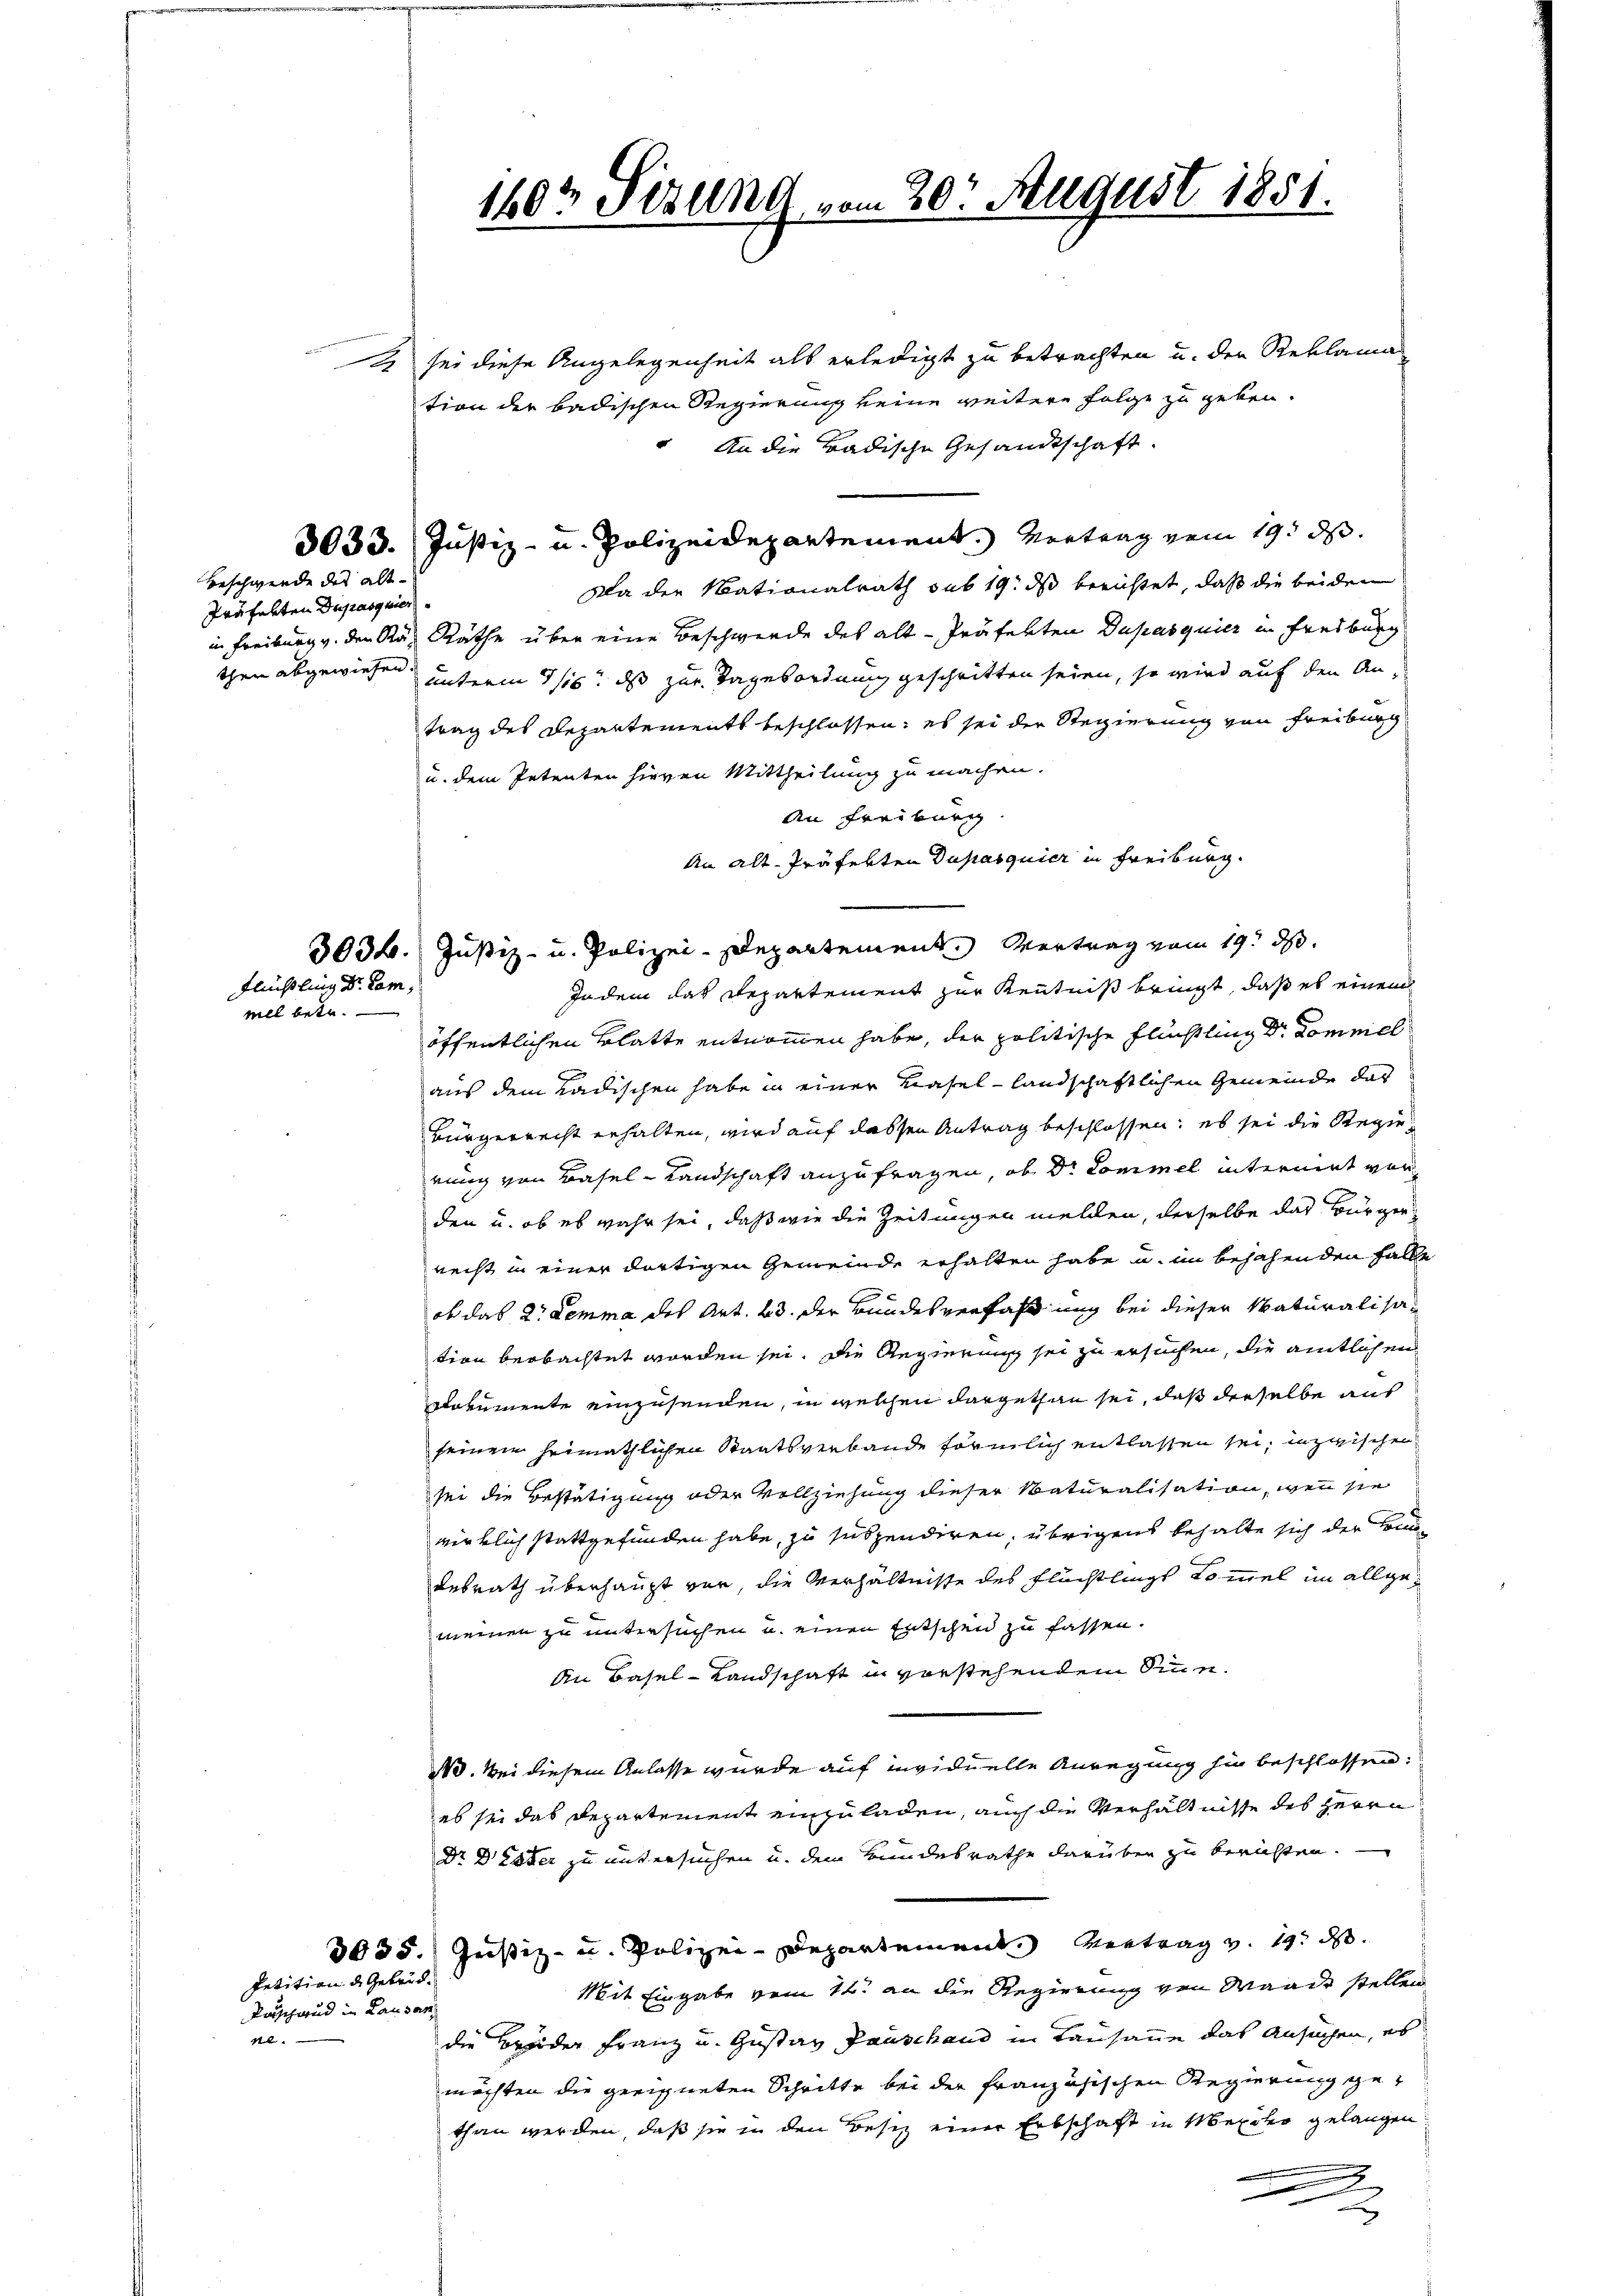
Flüchtling Dr. Cam,
will betr.

sei diese Angelegenheit als erledigt zu betrachten u. den Reklama
tion der badischen Regierung keine weitere Folge zu geben.
An die Badische Gesandtschaft.
3033. Justiz- u. Polizeidepartement. Vertrag vom 19. ds.
Kla der Nationalrath sub 19. ds berichtet, daß die beiden
in Freiburg v. den Rad Räthe über eine Beschwerde des alt-Präfekten Dupasquier in Freiburg
then abgewiesen unterm 3/16. ds zur Tagesordnung geschritten seien, so wird auf den Antrag des Departements beschlossen, es sei der Regierung von Freiburg
u. dem Petenten hievon Mittheilung zu machen.
An Freiburg
An alt-Präfekten Dapasquier in Freiburg.
Indem das Repartement zur Kenntniß bringt, daß es einem
öffentlichen Blatte entnommen habe, der politische Flüchtling Dr. Domniel
aus dem Ladischen habe in einer Hasellandschaftlichen Gemeinde das
Bürgerrecht erhalten, wird auf dassen Antrag beschlossen; es sei die Regierung von Basel-Landschaft anzufragen, ob Dr. Commel internirt wor
den u. ob es wahr sei, daß wie die Zeitungen melden, derselbe das Bürgernecht in einer dortigen Gemeinde erhalten habe u. in bejahenden Falle
ob das 2. Lemma des Art. 23. der Bundesverfaßung bei dieser Naturalisation beobachtet worden sei. Die Regierung sei zu ersuchen, die amtlichen
Dokumente einzusenden, in welchen dargethan sei, daß derselbe aus
seinem heimathlichen Staatsverbande förmlich entlassen sei; inzwischen
sei die Bestätigung oder Vollziehung dieser Naturalisation, wenn sie
wirklich stattgefunden habe, zu suspendiren, übrigens behalte sich der Comdesrath überhaupt vor, die Verhältnisse des Flüchtlings Kommel im allgemeinen zu untersuchen u. einen Entschen zu fassen.
An Basel-Landschaft in vorstehendem Sinne.
110. Bei diesem Anlasse wurde auf inviduelle Anregung hin beschlossen:
eb sei das Departement einzuladen, auch die Verhältnisse des Herrn
Dr Dr Ester zu untersuchen u. dem Bundesrathe darüber zu berichten.
3035.) Justiz- u. Polizei-Departement entrag v. 19. d.
Petition d. Gebrüd
Mit Eingabe vom 12. an die Regierung von Wande stellen
die Brüder Franz u. Gustav Pauschand in Lausanne das Ansuchen, es
mächten die geeigneten Schritte bei der französischen Regierung gethan werden, daß sie in den Besitz einer Erbschaft in Mexiko gelangen
2

Beschwerde des alt-

Träfekten Dupasquier

Paschend in Lausan
12.

160t Sizung vom 20. August 1851.

3034. Justiz- u. Polizei-Departement. Vertrag vom 19. ds.